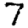
Digit: 7